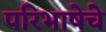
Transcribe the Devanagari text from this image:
परिभाषेचे